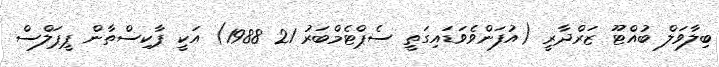
ބިލާވަލް ބުއްޓޫ ޒަރްދާރީ (އުފަންވެވަޑައިގަތީ ސެޕްޓެމްބަރު 21 1988) އަކީ ޕާކިސްތާން ޕީޕަލްސް